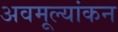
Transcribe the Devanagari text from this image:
अवमूल्यांकन